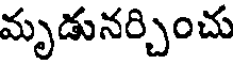
మృడునర్చించు